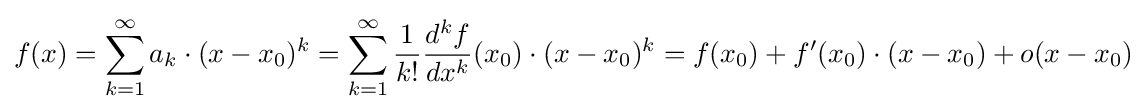
f(x)=\sum _{k=1}^{\infty }a_{k}\cdot (x-x_{0})^{k}=\sum _{k=1}^{\infty }{1 \over k!}{d^{k}f \over dx^{k}}(x_{0})\cdot (x-x_{0})^{k}=f(x_{0})+f'(x_{0})\cdot (x-x_{0})+o(x-x_{0})